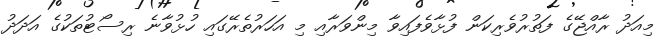
މިއަދު ރާއްޖޭގެ ފަތުރުވެރިކަން ފުޅާވެފައިވާ މިންވަރާއި މި އަހަރުތެރޭގައި ހުޅުވާނެ ރިސޯޓުތަކުގެ އަދަދު